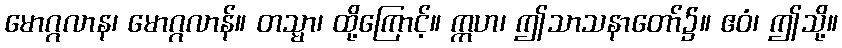
မောဂ္ဂလာန၊ မောဂ္ဂလာန်။ တသ္မာ၊ ထို့ကြောင့်။ ဣဟ၊ ဤသာသနာတော်၌။ ဧဝံ၊ ဤသို့။